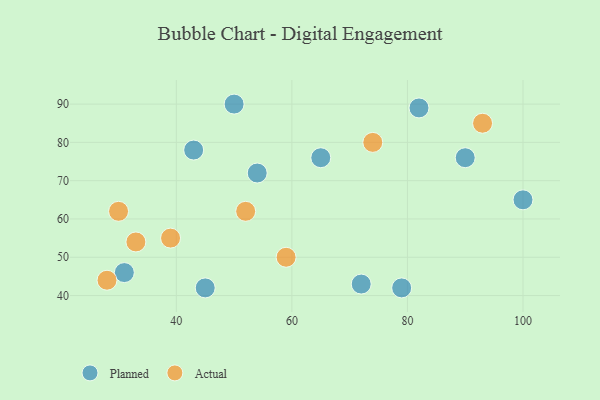
{"axis": {"x": "GDP", "y": "Life Expectancy"}, "legend": ["Actual", "Planned"], "data": [{"x": "50", "y": 90, "type": "Planned"}, {"x": "43", "y": 78, "type": "Planned"}, {"x": "45", "y": 42, "type": "Planned"}, {"x": "79", "y": 42, "type": "Planned"}, {"x": "72", "y": 43, "type": "Planned"}, {"x": "82", "y": 89, "type": "Planned"}, {"x": "54", "y": 72, "type": "Planned"}, {"x": "31", "y": 46, "type": "Planned"}, {"x": "100", "y": 65, "type": "Planned"}, {"x": "65", "y": 76, "type": "Planned"}, {"x": "90", "y": 76, "type": "Planned"}, {"x": "52", "y": 62, "type": "Actual"}, {"x": "30", "y": 62, "type": "Actual"}, {"x": "59", "y": 50, "type": "Actual"}, {"x": "93", "y": 85, "type": "Actual"}, {"x": "28", "y": 44, "type": "Actual"}, {"x": "39", "y": 55, "type": "Actual"}, {"x": "33", "y": 54, "type": "Actual"}, {"x": "74", "y": 80, "type": "Actual"}]}